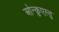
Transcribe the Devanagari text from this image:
ओन्क़ुएस्तु